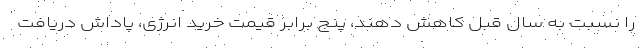
را نسبت به سال قبل کاهش دهند، پنج برابر قیمت خرید انرژی، پاداش دریافت